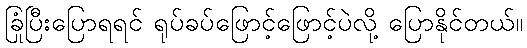
ခြုံပြီးပြောရရင် ရုပ်ခပ်ဖြောင့်ဖြောင့်ပဲလို့ ပြောနိုင်တယ်။